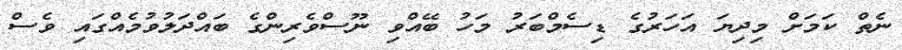
ނެތް ކަމަށް މިދިޔަ އަހަރުގެ ޑިސެމްބަރު މަހު ބޭއްވި ނޫސްވެރިންގެ ބައްދަލުވުމެއްގައި ވެސް